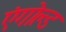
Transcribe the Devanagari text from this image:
एंगोल्ड